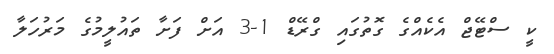
ކީ ސްޓޭޖް އެކެއްގެ ގޮތުގައި ގްރޭޑް 1-3 އަށް ފަށާ ތައުލީމުގެ މަރުހަލާ